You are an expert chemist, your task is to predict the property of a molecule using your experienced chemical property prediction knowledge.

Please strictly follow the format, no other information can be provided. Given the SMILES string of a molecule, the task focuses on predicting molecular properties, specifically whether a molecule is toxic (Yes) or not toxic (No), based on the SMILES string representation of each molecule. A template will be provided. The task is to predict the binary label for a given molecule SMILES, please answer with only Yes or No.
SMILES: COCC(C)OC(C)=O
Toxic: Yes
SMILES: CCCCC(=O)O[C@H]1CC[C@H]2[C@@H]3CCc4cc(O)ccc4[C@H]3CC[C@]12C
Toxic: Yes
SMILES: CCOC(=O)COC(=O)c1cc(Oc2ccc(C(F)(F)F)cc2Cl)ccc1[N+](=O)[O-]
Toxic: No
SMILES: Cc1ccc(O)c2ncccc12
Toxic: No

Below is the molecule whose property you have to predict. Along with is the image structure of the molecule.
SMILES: CN1C[C@@H](NS(=O)(=O)N(C)C)C[C@@H]2c3cccc4c3c(cn4C)C[C@H]21
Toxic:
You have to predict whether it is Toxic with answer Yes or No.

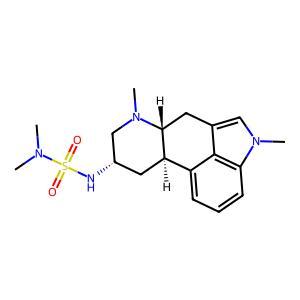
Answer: No